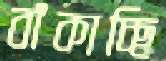
বাঁকাচ্ছি